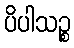
ပိပါသဉ္စ